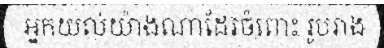
អ្នកយល់យ៉ាងណាដែរចំពោះ រូបរាង